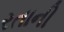
રતાની